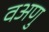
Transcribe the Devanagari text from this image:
वअणु